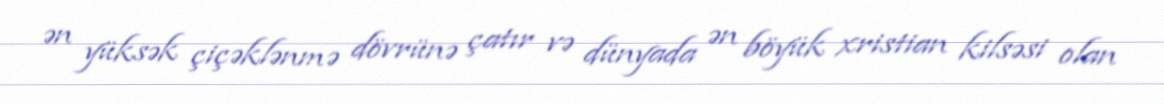
ən yüksək çiçəklənmə dövrünə çatır və dünyada ən böyük xristian kilsəsi olan